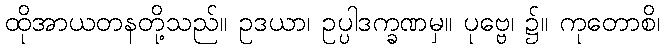
ထိုအာယတနတို့သည်။ ဥဒယာ၊ ဥပ္ပါဒက္ခဏမှ။ ပုဗ္ဗေ၊ ၌။ ကုတောစိ၊